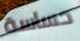
حساسة